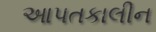
આપતકાલીન